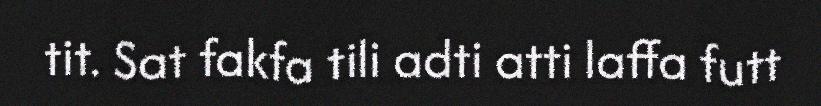
tit. Sat fakfa tili adti atti laffa futt